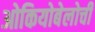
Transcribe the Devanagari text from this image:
ओकियोबेलोची